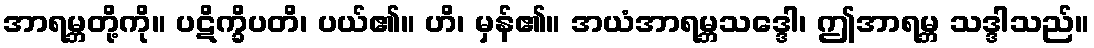
အာရမ္ဘတို့ကို။ ပဋိက္ခိပတိ၊ ပယ်၏။ ဟိ၊ မှန်၏။ အယံအာရမ္ဘသဒ္ဒေါ၊ ဤအာရမ္ဘ သဒ္ဒါသည်။